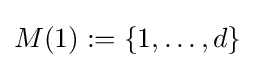
M(1):=\lbrace 1,\dots ,d\rbrace